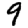
Digit: 9